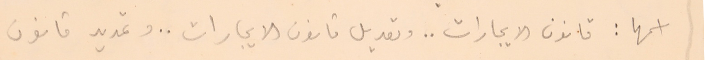
اسمها: قانون الايجارات.. وتعديل قانون الايجارات .. وتمديد قانون